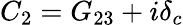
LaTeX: {C_{2}}={G_{23}}+i{\delta_{c}}